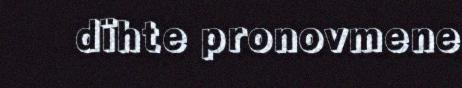
dïhte pronovmene